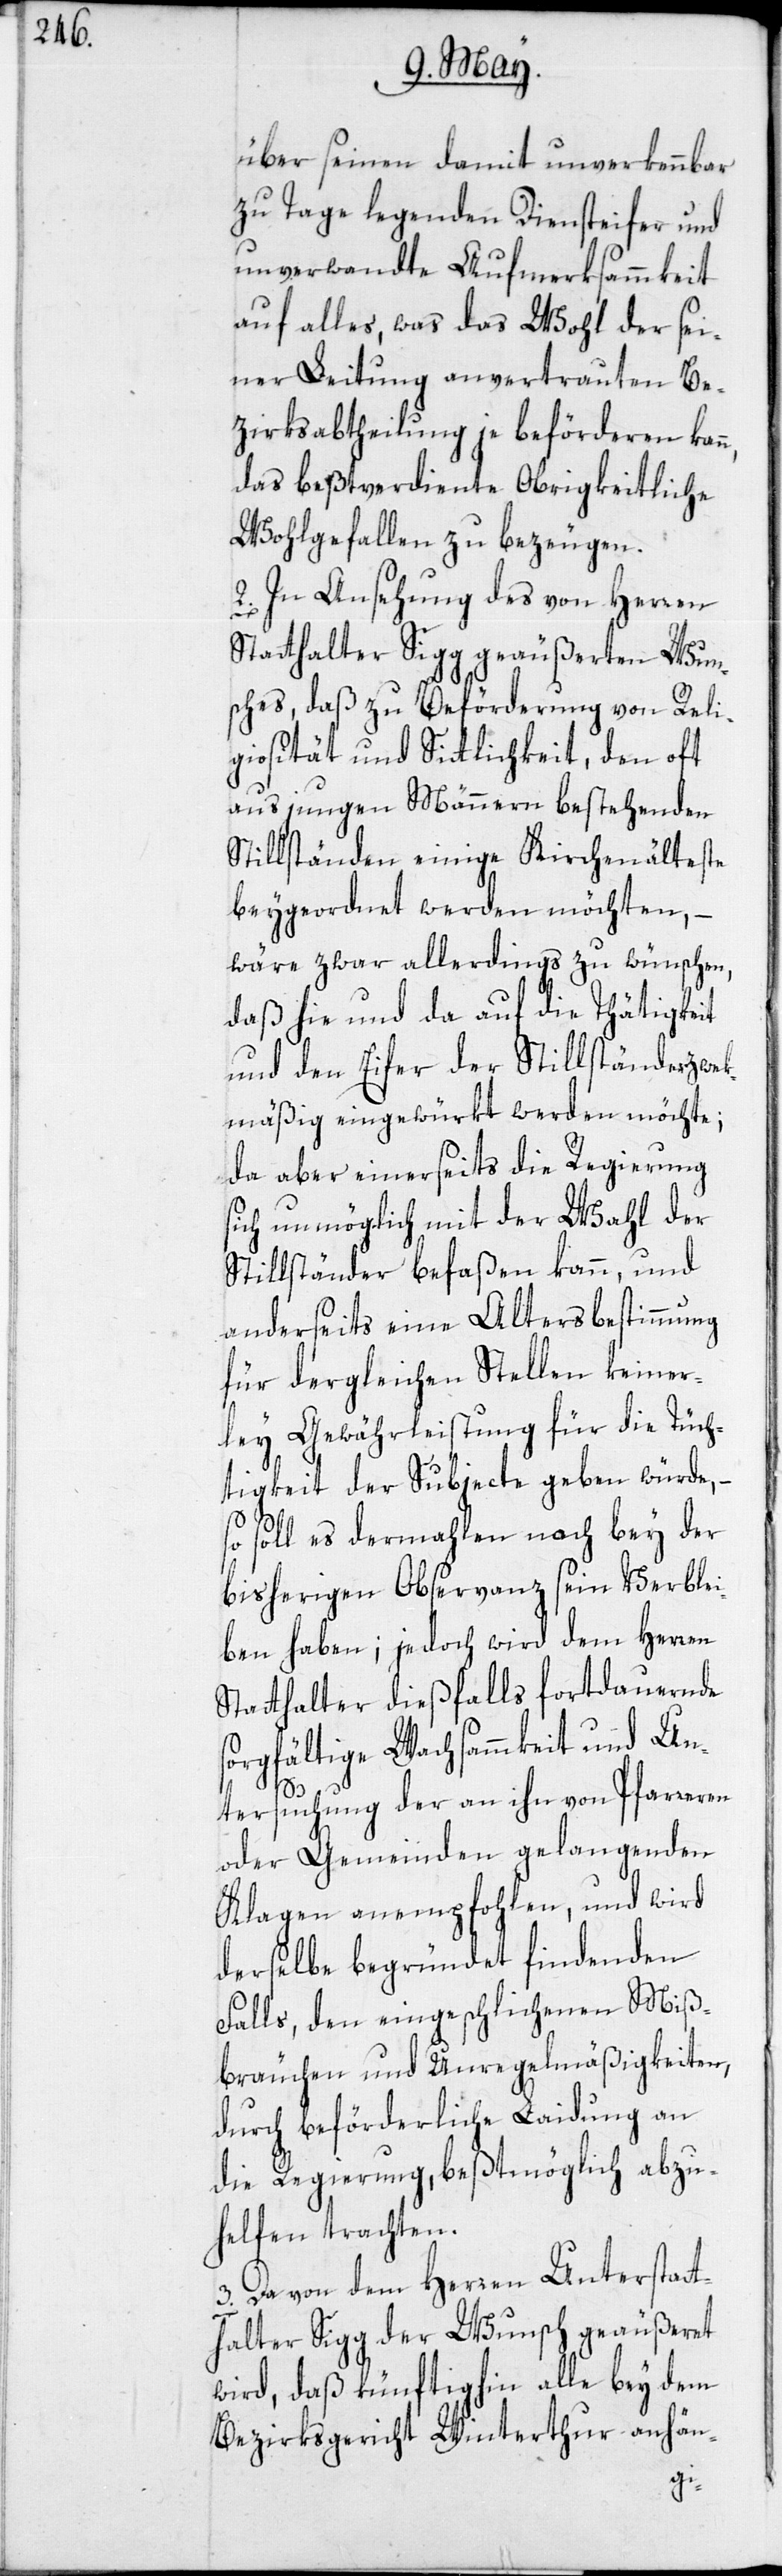
über seinen damit unverkennbar
zu Tage legenden Diensteifer und
unverwandte Aufmerksammkeit
auf alles, was das Wohl der sei¬
ner Leitung anvertrauten Be¬
zirksabtheilung je beförderen kan¬
das beßtverdiente Obrigkeitliche
Wohlgefallen zu bezeugen.
2. In Ansehung des von Herren
Statthalter Sigg geäußerten Wun¬
sches, daß zu Beförderung von Reli¬
giosität und Sittlichkeit, den oft
aus jungen Männern bestehenden
Stillständen einige Kirchenälteste
beygeordnet werden möchten, –
wäre zwar allerdings zu wünschen,
daß hie und da auf die Thätigkeit
und den Eifer der Stillständer zwek¬
mäßig eingewürkt werden möchte;
da aber einerseits die Regierung
sich unmöglich mit der Wahl der
Stillständer befaßen kann, und
anderseits eine Altersbestimmung
für dergleichen Stellen keiner¬
ley Gewährleistung für die Tüch¬
tigkeit der Subjecte geben würde,
soll es dermahlen noch bey der
bisherigen Observanz sein Verblei¬
ben haben; jedoch wird dem Herren
Statthalter dießfalls fortdauernde
sorgfältige Wachsammkeit und Un¬
tersuchung der an ihn von Pfarreren
oder Gemeinden gelangenden
Klagen anempfohlen, und wird
derselbe begründet findenden
Falls, den eingeschlichenen Miß¬
bräuchen und Unregelmäßigkeiten,
durch beförderliche Laidung an
die Regierung, beßtmöglich abzu¬
helfen trachten.
3. Da von dem Herren Unterstat¬
thalter Sigg der Wunsch geäußeret
wird, daß künftighin alle bey dem
Bezirksgericht Winterthur anhän-
n,